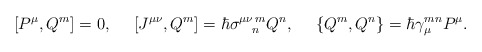
\begin{align*}[P^{\mu},Q^m]=0,\ \ \ \ [J^{\mu\nu},Q^m]=\hbar\sigma^{\mu\nu\,m}_{\ \ \,n}Q^n,\ \ \ \ \{Q^m,Q^n\}=\hbar\gamma^{mn}_{\mu}P^{\mu}.\end{align*}